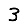
Digit: 3